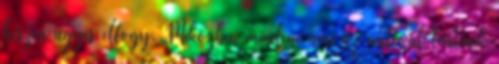
hiszen úgyis elfogy. Miközben minden, ami az autóval történik